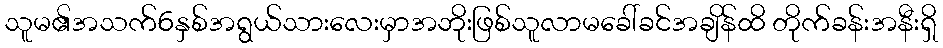
သူမ၏အသက်6နှစ်အရွယ်သားလေးမှာအဘိုးဖြစ်သူလာမခေါ်ခင်အချိန်ထိ တိုက်ခန်းအနီးရှိ